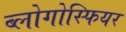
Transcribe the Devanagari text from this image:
ब्लोगोस्फियर